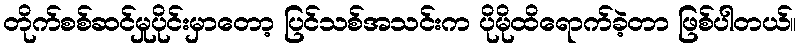
တိုက်စစ်ဆင်မှုပိုင်းမှာတော့ ပြင်သစ်အသင်းက ပိုမိုထိရောက်ခဲ့တာ ဖြစ်ပါတယ်။